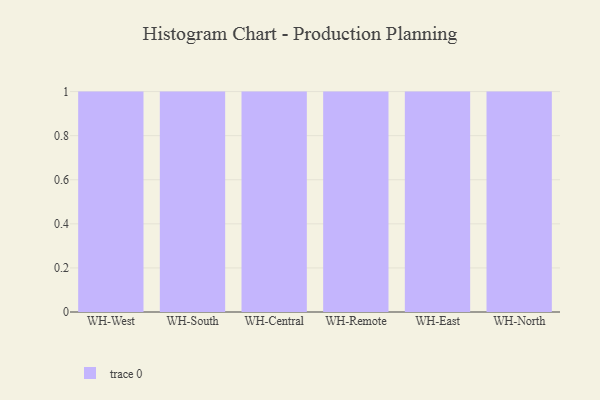
{"axis": {"x": "Warehouse", "y": "Humidity (%)"}, "legend": [""], "data": [{"x": "WH-West", "y": 69, "type": ""}, {"x": "WH-South", "y": 12, "type": ""}, {"x": "WH-Central", "y": 63, "type": ""}, {"x": "WH-Remote", "y": 33, "type": ""}, {"x": "WH-East", "y": 57, "type": ""}, {"x": "WH-North", "y": 44, "type": ""}]}